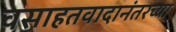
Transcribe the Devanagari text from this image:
वसाहतवादानंतरच्या